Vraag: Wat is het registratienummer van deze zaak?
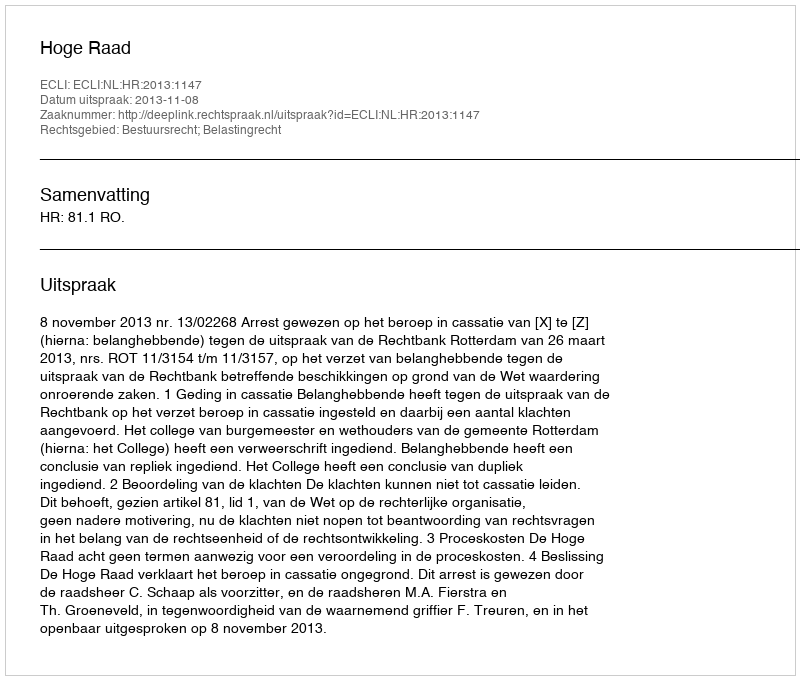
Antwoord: http://deeplink.rechtspraak.nl/uitspraak?id=ECLI:NL:HR:2013:1147